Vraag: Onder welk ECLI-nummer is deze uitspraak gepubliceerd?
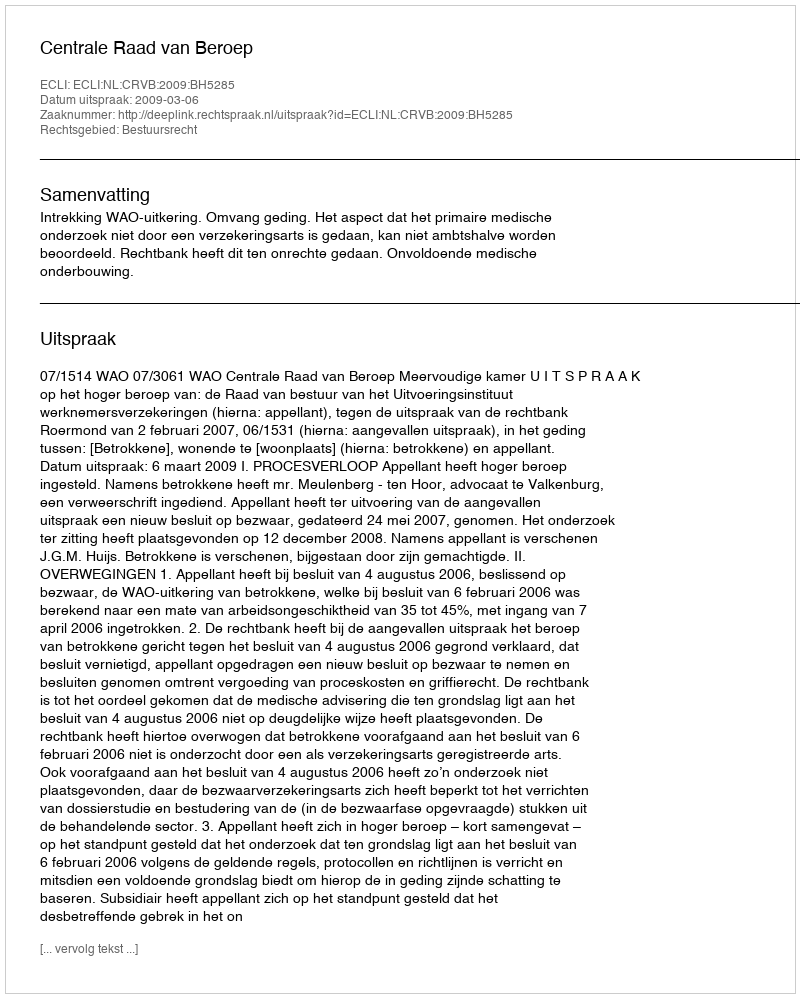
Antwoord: ECLI:NL:CRVB:2009:BH5285